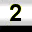
Digit: 2